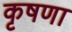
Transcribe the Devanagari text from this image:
कृषणा